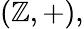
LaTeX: (\mathbb{Z},+),